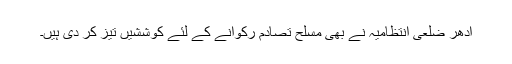
اُدھر ضلعی انتظامیہ نے بھی مسلح تصادم رکوانے کے لئے کوششیں تیز کر دی ہیں۔